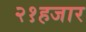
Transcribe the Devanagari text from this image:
२१हजार